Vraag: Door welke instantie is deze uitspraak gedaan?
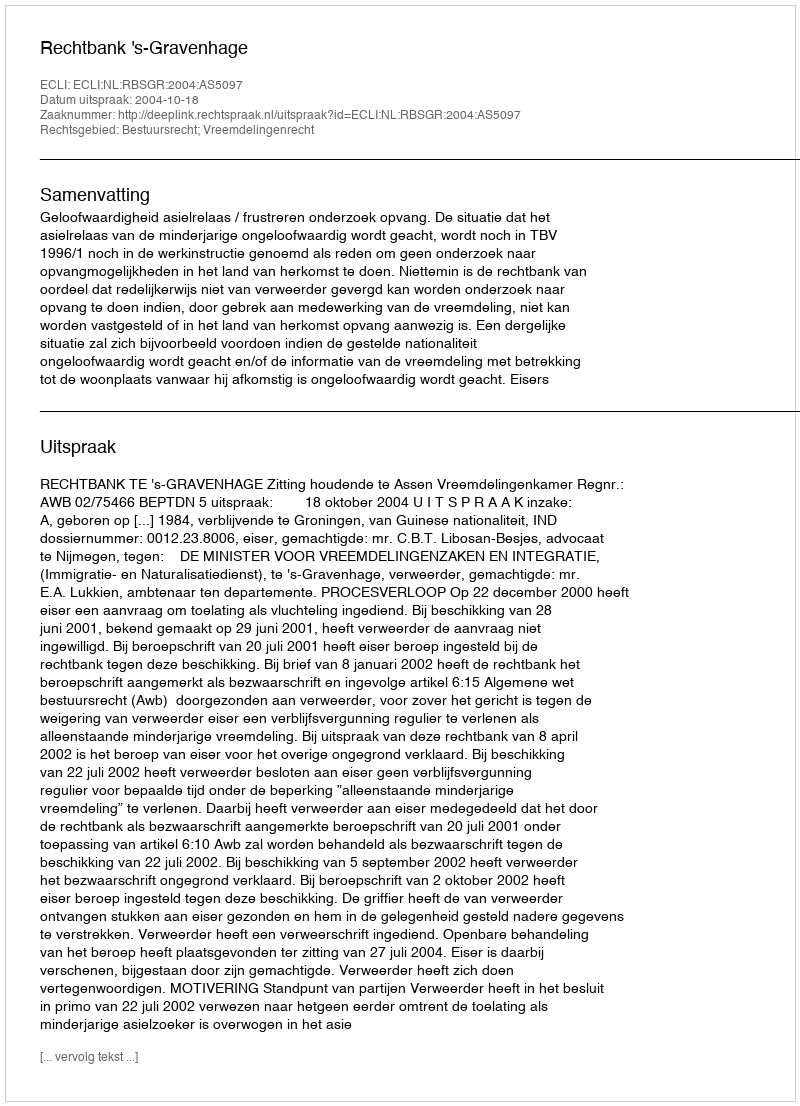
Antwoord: Rechtbank 's-Gravenhage